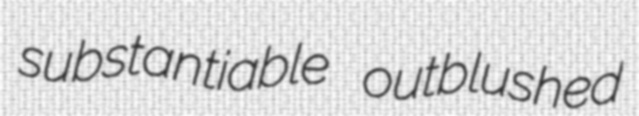
substantiable outblushed